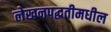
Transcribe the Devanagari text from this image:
लेखनपद्धतीमधील